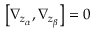
\left[ \nabla _ { z _ { \alpha } } , \nabla _ { z _ { \beta } } \right] = 0